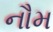
નૌમ